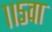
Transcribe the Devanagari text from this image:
११५वा